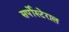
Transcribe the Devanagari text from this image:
सर्पोस्टेराल